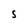
Character: S